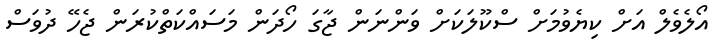
އޯލެވެލް އަށް ކިޔެވުމަށް ސްކޫލަކަށް ވަންނަން ޖާގަ ހޯދަން މަސައްކަތްކުރަން ޖެހޭ ދުވަސް